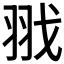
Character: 𦐂